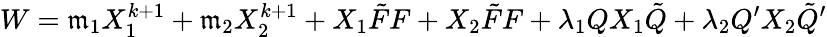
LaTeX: W=\mathfrak{m}_{1}X_{1}^{k+1}+\mathfrak{m}_{2}X_{2}^{k+1}+X_{1}\tilde{{F}}F+X_{2}\tilde{{F}}F+\lambda_{1}QX_{1}\tilde{{Q}}+\lambda_{2}Q^{\prime}X_{2}\tilde{{Q}}^{\prime}